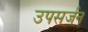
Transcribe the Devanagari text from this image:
उपसर्जन